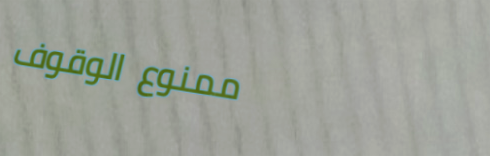
ممنوع الوقوف